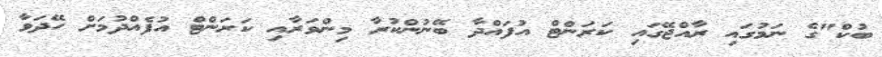
ބުކް"ގެ ނަމުގައި ރާއްޖޭގައި ކަރަންޓް އުފައްދާ ބޭނުންކުރާ މިންވަރާއި ކަރަންޓް އުފެއްދުމަށް ހޭދަވާ